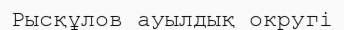
Рысқұлов ауылдық округі